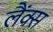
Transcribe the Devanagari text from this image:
लैंक्स